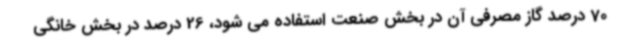
70 درصد گاز مصرفی آن در بخش صنعت استفاده می شود، 26 درصد در بخش خانگی